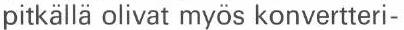
pitkällä olivat myös konvertteri-